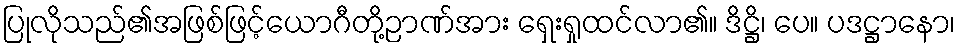
ပြုလိုသည်၏အဖြစ်ဖြင့်ယောဂီတို့ဉာဏ်အား ရှေးရှုထင်လာ၏။ ဒိဋ္ဌိ၊ ပေ။ ပဒဋ္ဌာနော၊